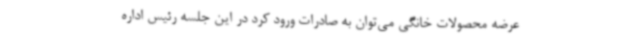
عرضه محصولات خانگی می‌توان به صادرات ورود کرد در این جلسه رئیس اداره